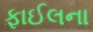
ફાઈલના